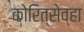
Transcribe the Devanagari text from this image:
कोरित्सेव्हा